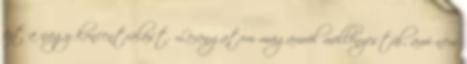
ezt a nagy koncentrálást. Lerángatom magamról mellényestül, ami nem